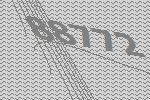
88772